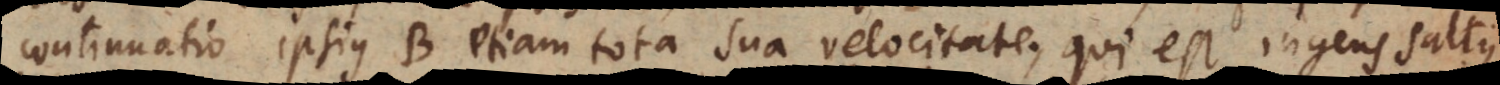
continuatio ipsius B etiam tota sua velocitate, qui est ingens saltus